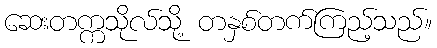
ဆေးတက္ကသိုလ်သို့ တနှစ်တက်ကြည့်သည်။